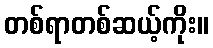
တစ်ရာတစ်ဆယ့်ကိုး။